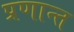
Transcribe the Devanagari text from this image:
प्रणान्त